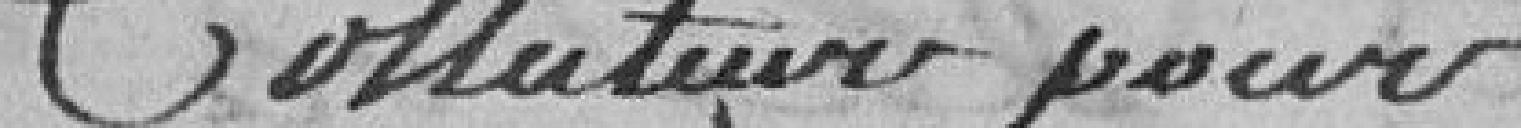
Collecteur pour